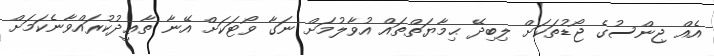
އެއް ޖިންސުގެ ޖޯޑުތަކަށް ލިބިދޭ ޙިމާޔަތްތައް އުވާލުމަށް ނަގާ ވޯޓަކަށް އޭނާ ތާޢީދުކުރައްވާނެކަމަށް